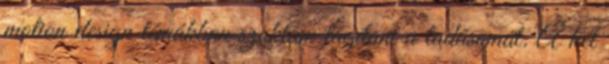
motion design témákban szoktam tágítani a tudásomat. A két